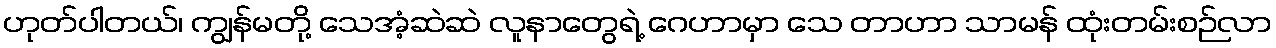
ဟုတ်ပါတယ်၊ ကျွန်မတို့ သေအံ့ဆဲဆဲ လူနာတွေရဲ့ ဂေဟာမှာ သေ တာဟာ သာမန် ထုံးတမ်းစဉ်လာ